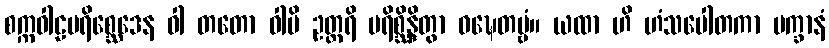
စက္ကဝါဠပရိစ္ဆေဒေန ဝါ တတော ဝါပိ ဥတ္တရိ ပရိစ္ဆိန္ဒိတွာ ဝဍ္ဎေတဗ္ဗံ။ ယထာ ဟိ ဟံသပေါတကာ ပက္ခာနံ